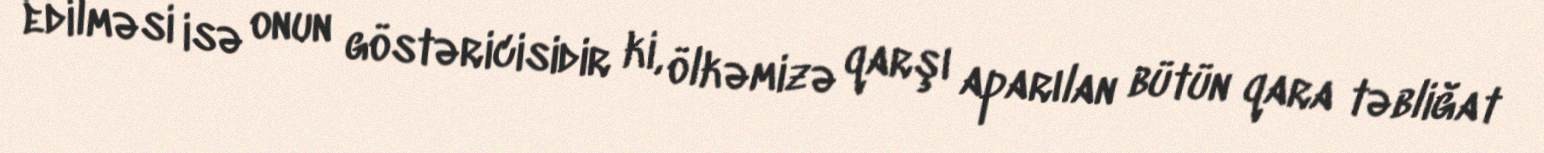
edilməsi isə onun göstəricisidir ki, ölkəmizə qarşı aparılan bütün qara təbliğat